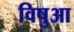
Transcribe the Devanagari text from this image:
विषुआ